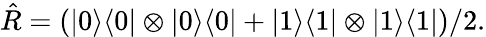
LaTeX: \hat{R}=(\vert 0\rangle\langle 0\vert\otimes\vert 0\rangle\langle 0\vert+\vert 1\rangle\langle 1\vert\otimes\vert 1\rangle\langle 1\vert)/2.